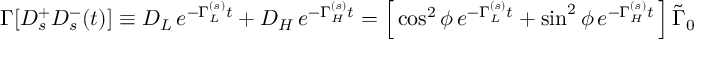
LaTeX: \Gamma [ D _ { s } ^ { + } D _ { s } ^ { - } ( t ) ] \equiv D _ { L } \, e ^ { - \Gamma _ { L } ^ { ( s ) } t } + D _ { H } \, e ^ { - \Gamma _ { H } ^ { ( s ) } t } = \left[ \, \cos ^ { 2 } \phi \, e ^ { - \Gamma _ { L } ^ { ( s ) } t } + \sin ^ { 2 } \phi \, e ^ { - \Gamma _ { H } ^ { ( s ) } t } \, \right] \tilde { \Gamma } _ { 0 }